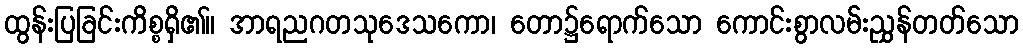
ထွန်းပြခြင်းကိစ္စရှိ၏။ အာရညဂတသုဒေသကော၊ တော၌ရောက်သော ကောင်းစွာလမ်းညွှန်တတ်သော